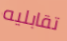
تقابليه